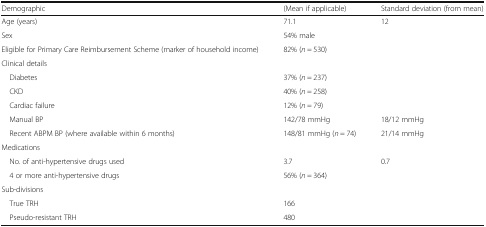
<table><thead><tr><td><b>Demographic</b></td><td><b>(Mean if applicable)</b></td><td><b>Standard deviation (from mean)</b></td></tr></thead><tbody><tr><td>Age (years)</td><td>71.1</td><td>12</td></tr><tr><td>Sex</td><td>54% male</td><td></td></tr><tr><td>Eligible for Primary Care Reimbursement Scheme (marker of household income)</td><td>82% (<i>n</i> = 530)</td><td></td></tr><tr><td colspan="3">Clinical details</td></tr><tr><td> Diabetes</td><td>37% (<i>n</i> = 237)</td><td></td></tr><tr><td> CKD</td><td>40% (<i>n</i> = 258)</td><td></td></tr><tr><td> Cardiac failure</td><td>12% (<i>n</i> = 79)</td><td></td></tr><tr><td> Manual BP</td><td>142/78 mmHg</td><td>18/12 mmHg</td></tr><tr><td> Recent ABPM BP (where available within 6 months)</td><td>148/81 mmHg (<i>n</i> = 74)</td><td>21/14 mmHg</td></tr><tr><td colspan="3">Medications</td></tr><tr><td> No. of anti-hypertensive drugs used</td><td>3.7</td><td>0.7</td></tr><tr><td> 4 or more anti-hypertensive drugs</td><td>56% (<i>n</i> = 364)</td><td></td></tr><tr><td colspan="3">Sub-divisions</td></tr><tr><td> True TRH</td><td>166</td><td></td></tr><tr><td> Pseudo-resistant TRH</td><td>480</td><td></td></tr></tbody></table>